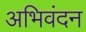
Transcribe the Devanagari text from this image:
अभिवंदन